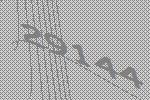
29144